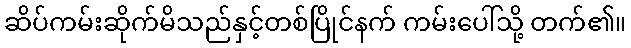
ဆိပ်ကမ်းဆိုက်မိသည်နှင့်တစ်ပြိုင်နက် ကမ်းပေါ်သို့ တက်၏။